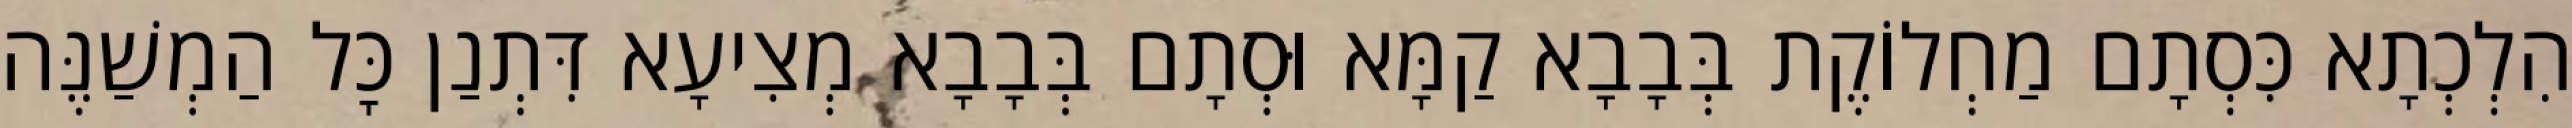
הִלְכְתָא כִּסְתָם מַחְלוֹקֶת בְּבָבָא קַמָּא וּסְתָם בְּבָבָא מְצִיעָא דִּתְנַן כׇּל הַמְשַׁנֶּה